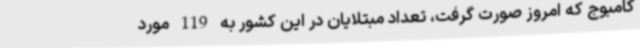
کامبوج که امروز صورت گرفت، تعداد مبتلایان در این کشور به 119 مورد